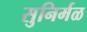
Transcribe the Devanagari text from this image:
सुनिर्मळ